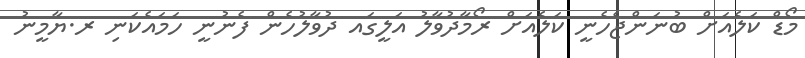
މޯޑް ކަލެއަށް ބުނަންޖެހެނީ ކަލެއަށް ރޯމާދުވާލު އަލީގައ ދުވާލުހެން ފެނުނީ ހަމައެކަނި ރ.ޔާމީނު